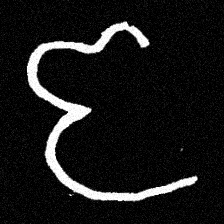
Pyu character \u2014 Myanmar letter: ဇ (romanized: ja)